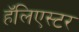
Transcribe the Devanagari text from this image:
हॅलिएस्टर